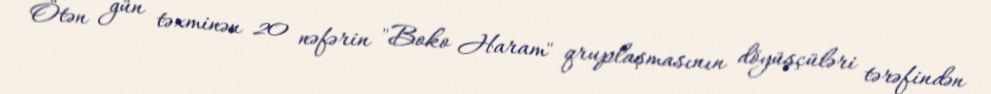
Ötən gün təxminən 20 nəfərin "Boko Haram" qruplaşmasının döyüşçüləri tərəfindən